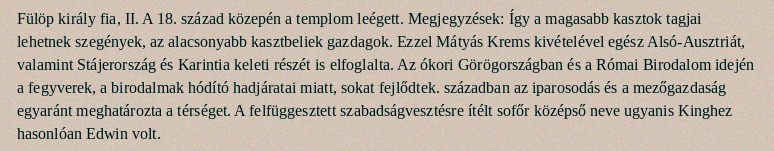
Fülöp király fia, II. A 18. század közepén a templom leégett. Megjegyzések: Így a magasabb kasztok tagjai lehetnek szegények, az alacsonyabb kasztbeliek gazdagok. Ezzel Mátyás Krems kivételével egész Alsó-Ausztriát, valamint Stájerország és Karintia keleti részét is elfoglalta. Az ókori Görögországban és a Római Birodalom idején a fegyverek, a birodalmak hódító hadjáratai miatt, sokat fejlődtek. században az iparosodás és a mezőgazdaság egyaránt meghatározta a térséget. A felfüggesztett szabadságvesztésre ítélt sofőr középső neve ugyanis Kinghez hasonlóan Edwin volt.